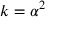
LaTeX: k = \alpha ^ { 2 }